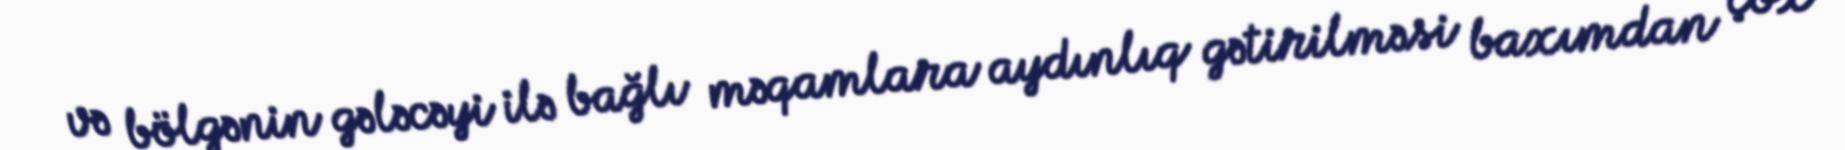
və bölgənin gələcəyi ilə bağlı məqamlara aydınlıq gətirilməsi baxımdan çox